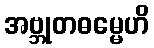
အဗ္ဘုတဓမ္မေဟိ